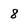
Character: 8